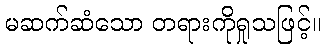
မဆက်ဆံသော တရားကိုရှုသဖြင့်။